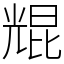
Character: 尡